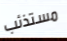
مستذئب